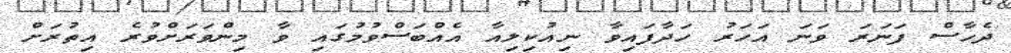
ދެހާސް ފަނަރަ ވަނަ އަހަރު ހަދާފައިވާ ނިއުކިލިއާ އެއްބަސްވުމުގައި ވާ މިންވަރަށްވުރެ އިތުރަށް